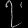
Digit: ၇